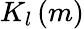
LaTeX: K_{l}\left(m\right)